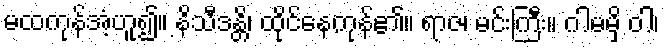
မထကုန်အံ့ဟူ၍။ နိသီဒန္တိ၊ ထိုင်နေကုန်၏။ ရာဇ၊ မင်းကြီး။ ဂါမမှိ ဝါ၊